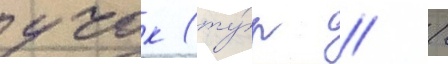
учок (ту́р // /